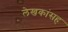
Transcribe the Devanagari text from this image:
लेखकांसह